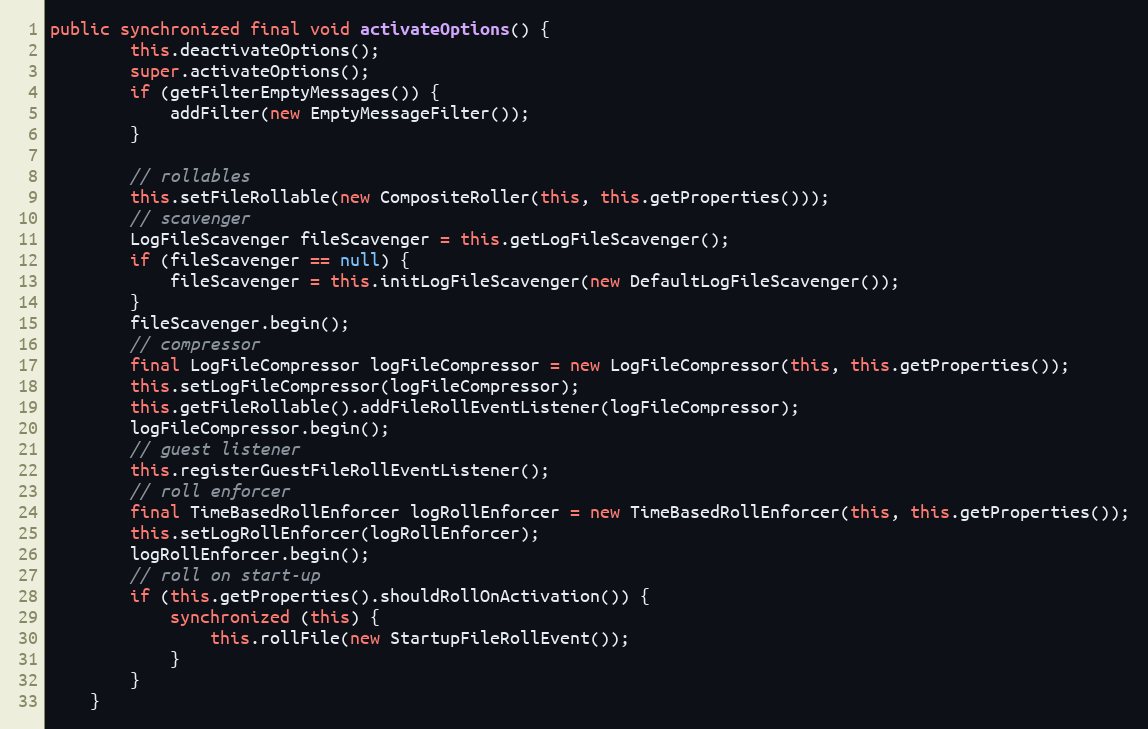
Language: Java
public synchronized final void activateOptions() {
		this.deactivateOptions();
		super.activateOptions();
		if (getFilterEmptyMessages()) {
			addFilter(new EmptyMessageFilter());
		}

		// rollables
		this.setFileRollable(new CompositeRoller(this, this.getProperties()));
		// scavenger
		LogFileScavenger fileScavenger = this.getLogFileScavenger();
		if (fileScavenger == null) {
			fileScavenger = this.initLogFileScavenger(new DefaultLogFileScavenger());
		}
		fileScavenger.begin();
		// compressor
		final LogFileCompressor logFileCompressor = new LogFileCompressor(this, this.getProperties());
		this.setLogFileCompressor(logFileCompressor);
		this.getFileRollable().addFileRollEventListener(logFileCompressor);
		logFileCompressor.begin();
		// guest listener
		this.registerGuestFileRollEventListener();
		// roll enforcer
		final TimeBasedRollEnforcer logRollEnforcer = new TimeBasedRollEnforcer(this, this.getProperties());
		this.setLogRollEnforcer(logRollEnforcer);
		logRollEnforcer.begin();
		// roll on start-up
		if (this.getProperties().shouldRollOnActivation()) {
			synchronized (this) {
				this.rollFile(new StartupFileRollEvent());
			}
		}
	}